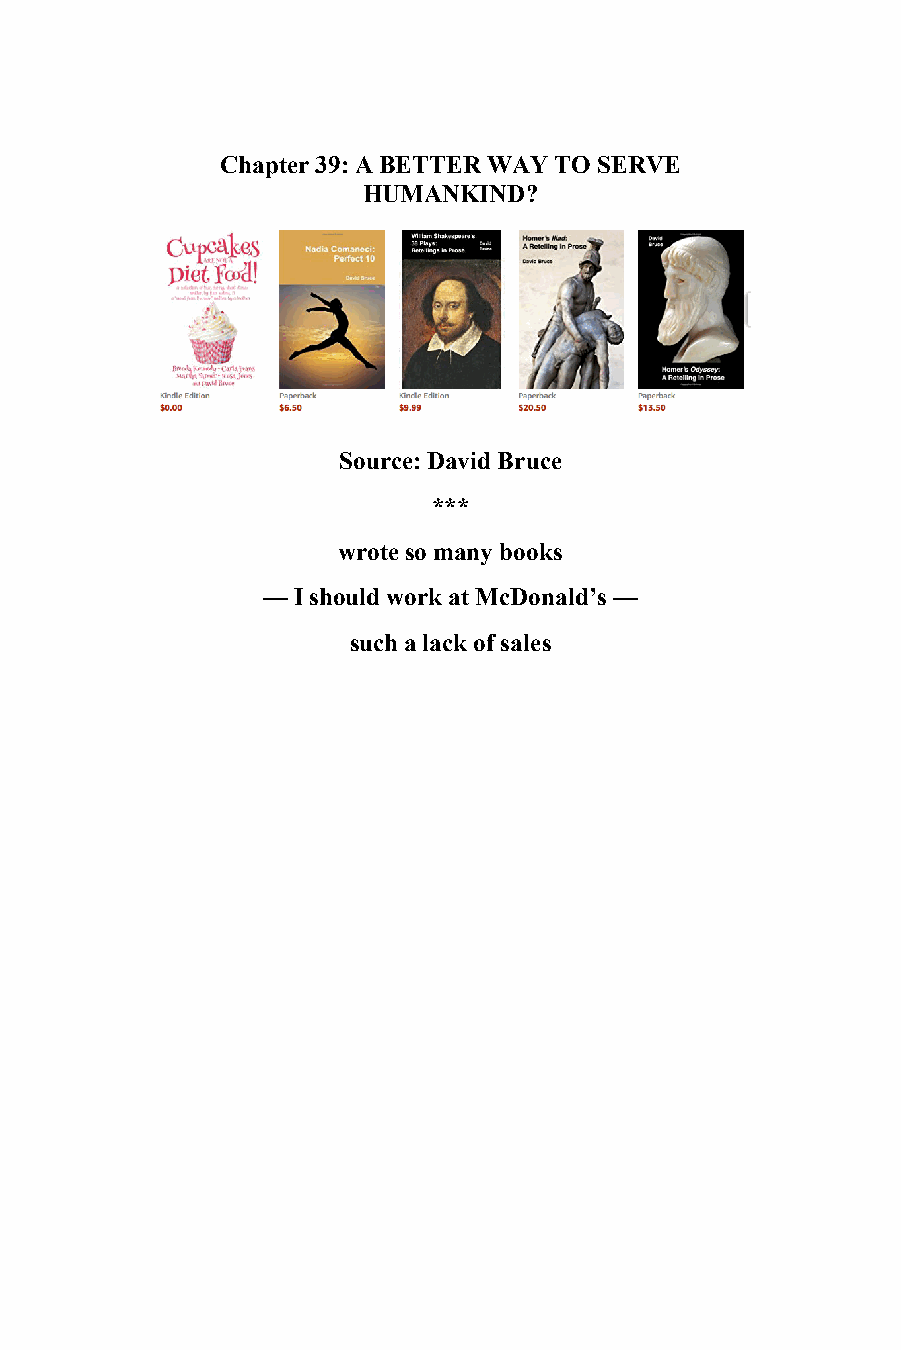
39
 Chapter 39: A BETTER WAY TO SERVE
 HUMANKIND?
 Source: David Bruce
 ***
 wrote so many books
 — I should work at McDonald’s —
 such a lack of sales